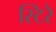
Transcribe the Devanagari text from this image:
स्टिरे